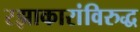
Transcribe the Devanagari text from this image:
रझाकारांविरुद्ध